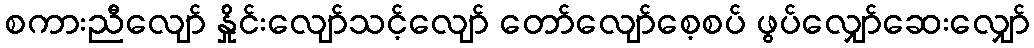
စကားညီလျော် နှိုင်းလျော်သင့်လျော် တော်လျော်စေ့စပ် ဖွပ်လျှော်ဆေးလျှော်